Serum-therapy of plague in India - Number 20
Disease focus: Plague
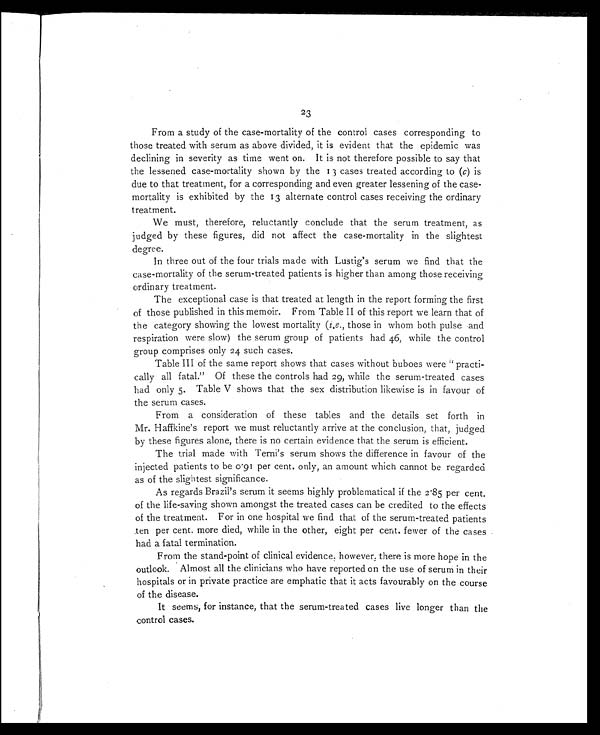
23
From a study of the case-mortality of the control cases corresponding to
those treated with serum as above divided, it is evident that the epidemic was
declining in severity as time went on. It is not therefore possible to say that
the lessened case-mortality shown by the 13 cases treated according to ( c) is
due to that treatment, for a corresponding and even greater lessening of the case-
mortality is exhibited by the 13 alternate control cases receiving the ordinary
treatment.
We must, therefore, reluctantly conclude that the serum treatment, as
judged by these figures, did not affect the case-mortality in the slightest
degree.
In three out of the four trials made with Lustig's serum we find that the
case-mortality of the serum-treated patients is higher than among those receiving
ordinary treatment.
The exceptional case is that treated at length in the report forming the first
of those published in this memoir. From Table II of this report we learn that of
the category showing the lowest mortality ( i.e ., those in whom both pulse and
respiration were slow) the serum group of patients had 46, while the control
group comprises only 24 such cases.
Table III of the same report shows that cases without buboes were "practi-
cally all fatal." Of these the controls had 29, while the serum-treated cases
had only 5. Table V shows that the sex distribution likewise is in favour of
the serum cases.
From a consideration of these tables and the details set forth in
Mr. Haffkine's report we must reluctantly arrive at the conclusion, that, judged
by these figures alone, there is no certain evidence that the serum is efficient.
The trial made with Terni's serum shows the difference in favour of the
injected patients to be 0.91 per cent. only, an amount which cannot be regarded
as of the slightest significance.
As regards Brazil's serum it seems highly problematical if the 2.85 per cent.
of the life-saving shown amongst the treated cases can be credited to the effects
of the treatment. For in one hospital we find that of the serum-treated patients
ten per cent. more died, while in the other, eight per cent. fewer of the cases
had a fatal termination.
From the stand-point of clinical evidence, however, there is more hope in the
outlook. Almost all the clinicians who have reported on the use of serum in their
hospitals or in private practice are emphatic that it acts favourably on the course
of the disease.
It seems, for instance, that the serum-treated cases live longer than the
control cases.